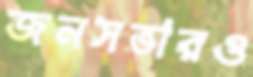
জনসভারও